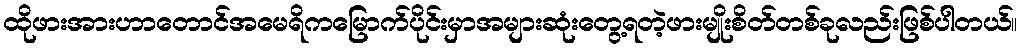
ထိုဖားအားဟာတောင်အမေရိကမြောက်ပိုင်းမှာအများဆုံးတွေ့ရတဲ့ဖားမျိုးစိတ်တစ်ခုလည်းဖြစ်ပါတယ်။